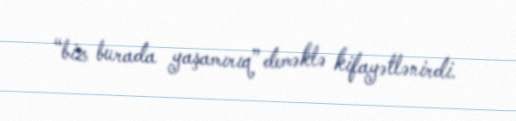
“biz burada yaşamırıq” deməklə kifayətlənirdi.